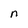
Character: n